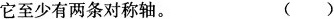
它至少有两条对称轴。 ()